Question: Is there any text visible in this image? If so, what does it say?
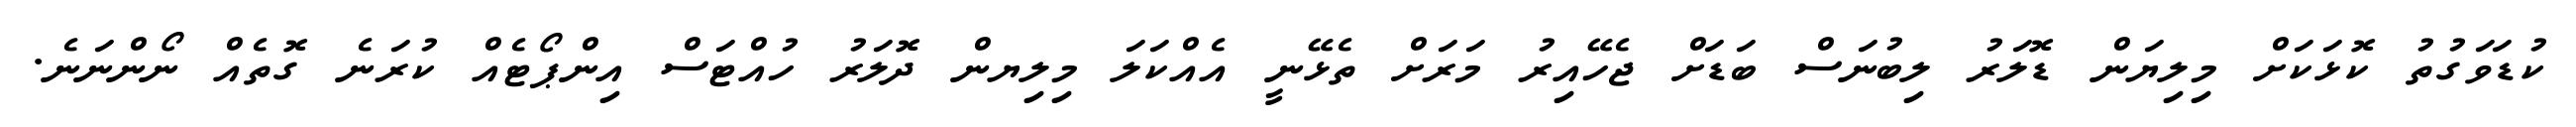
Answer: ކުޑަވަގުތު ކޮޅަކަށް މިލިޔަން ޑޮލަރު ލިބުނަސް ބަޑަށް ޖެހޭއިރު މަރަށް ތެޅޭނީ އެއްކަލަ މިލިޔން ދޮލަރު ހުއްޓަސް އިންޕޯޓެއް ކުރަނެ ގޮތެއް ނޯންނަނެ.